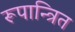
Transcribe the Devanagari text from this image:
रूपान्त्रित